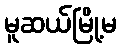
မူဆယ်မြို့မ